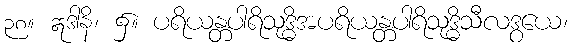
၃၈။ ဣဒါနိ၊ ၌။ ပရိယန္တပါရိသုဒ္ဓိအပရိယန္တပါရိသုဒ္ဓိသီလဒွယေ၊